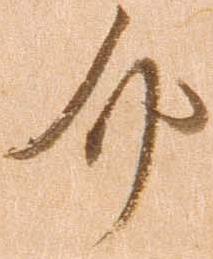
介